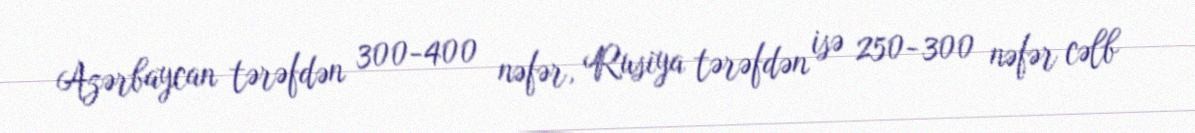
Azərbaycan tərəfdən 300-400 nəfər, Rusiya tərəfdən isə 250-300 nəfər cəlb